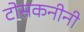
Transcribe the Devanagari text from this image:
टोसकनीनी